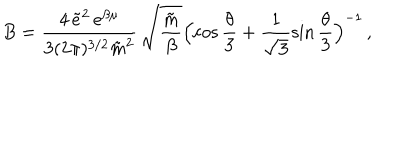
LaTeX: B = \frac { 4 \, \tilde { e } ^ { 2 } \, e ^ { \beta \mu } } { 3 ( 2 \pi ) ^ { 3 / 2 } \tilde { m } ^ { 2 } } \, \sqrt { \frac { \tilde { m } } { \beta } } \Bigl ( \cos \frac { \theta } { 3 } + \frac { 1 } { \sqrt { 3 } } \sin \frac { \theta } { 3 } \Bigr ) ^ { - 1 } \, ,